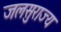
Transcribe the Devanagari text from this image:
जलसुराज्य